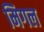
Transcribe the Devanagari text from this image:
मिगल